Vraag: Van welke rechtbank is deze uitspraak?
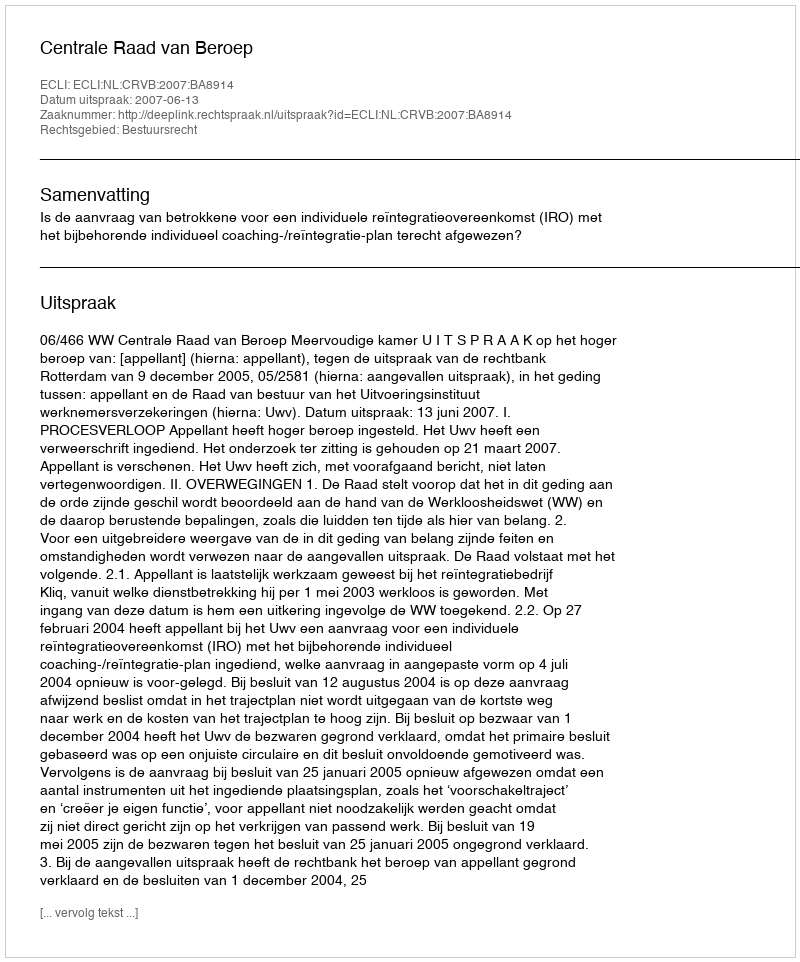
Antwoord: Centrale Raad van Beroep